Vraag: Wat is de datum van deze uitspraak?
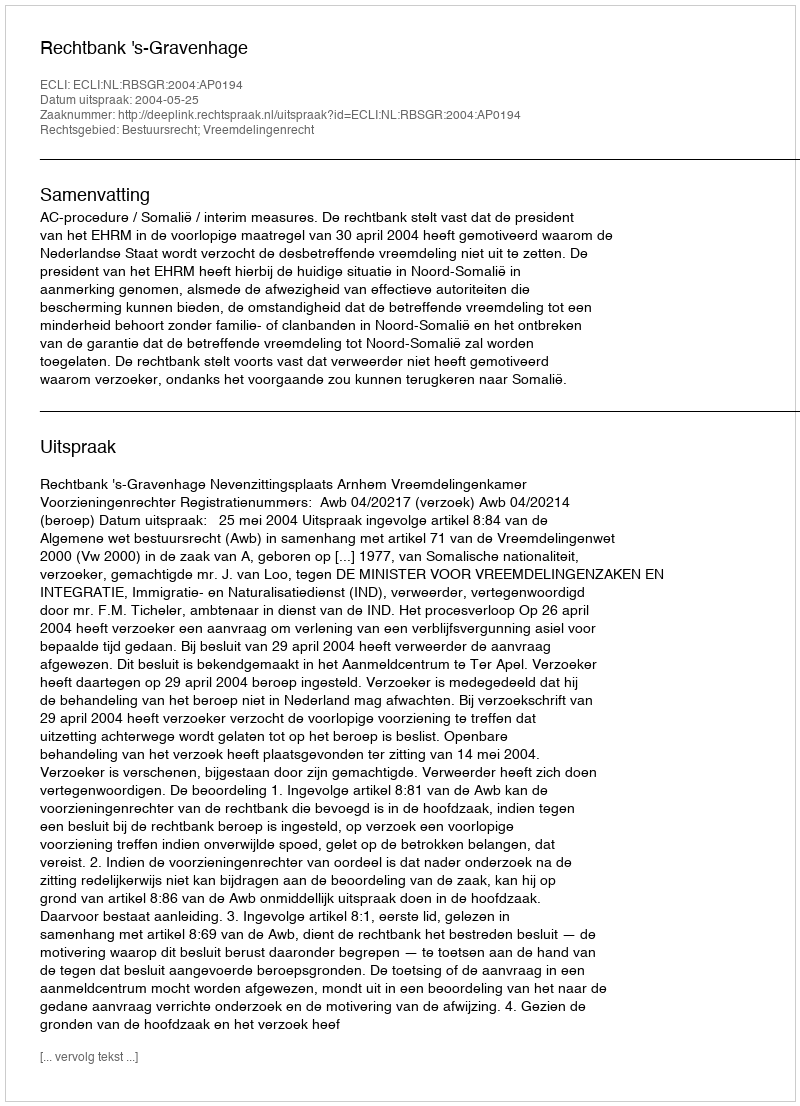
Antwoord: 2004-05-25